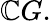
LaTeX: \mathbb{C}G.